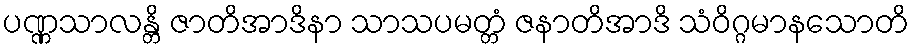
ပဏ္ဏသာလန္တိ ဇာတိအာဒိနာ သာသပမတ္တံ ဇနာတိအာဒိ သံဝိဂ္ဂမာနသောတိ